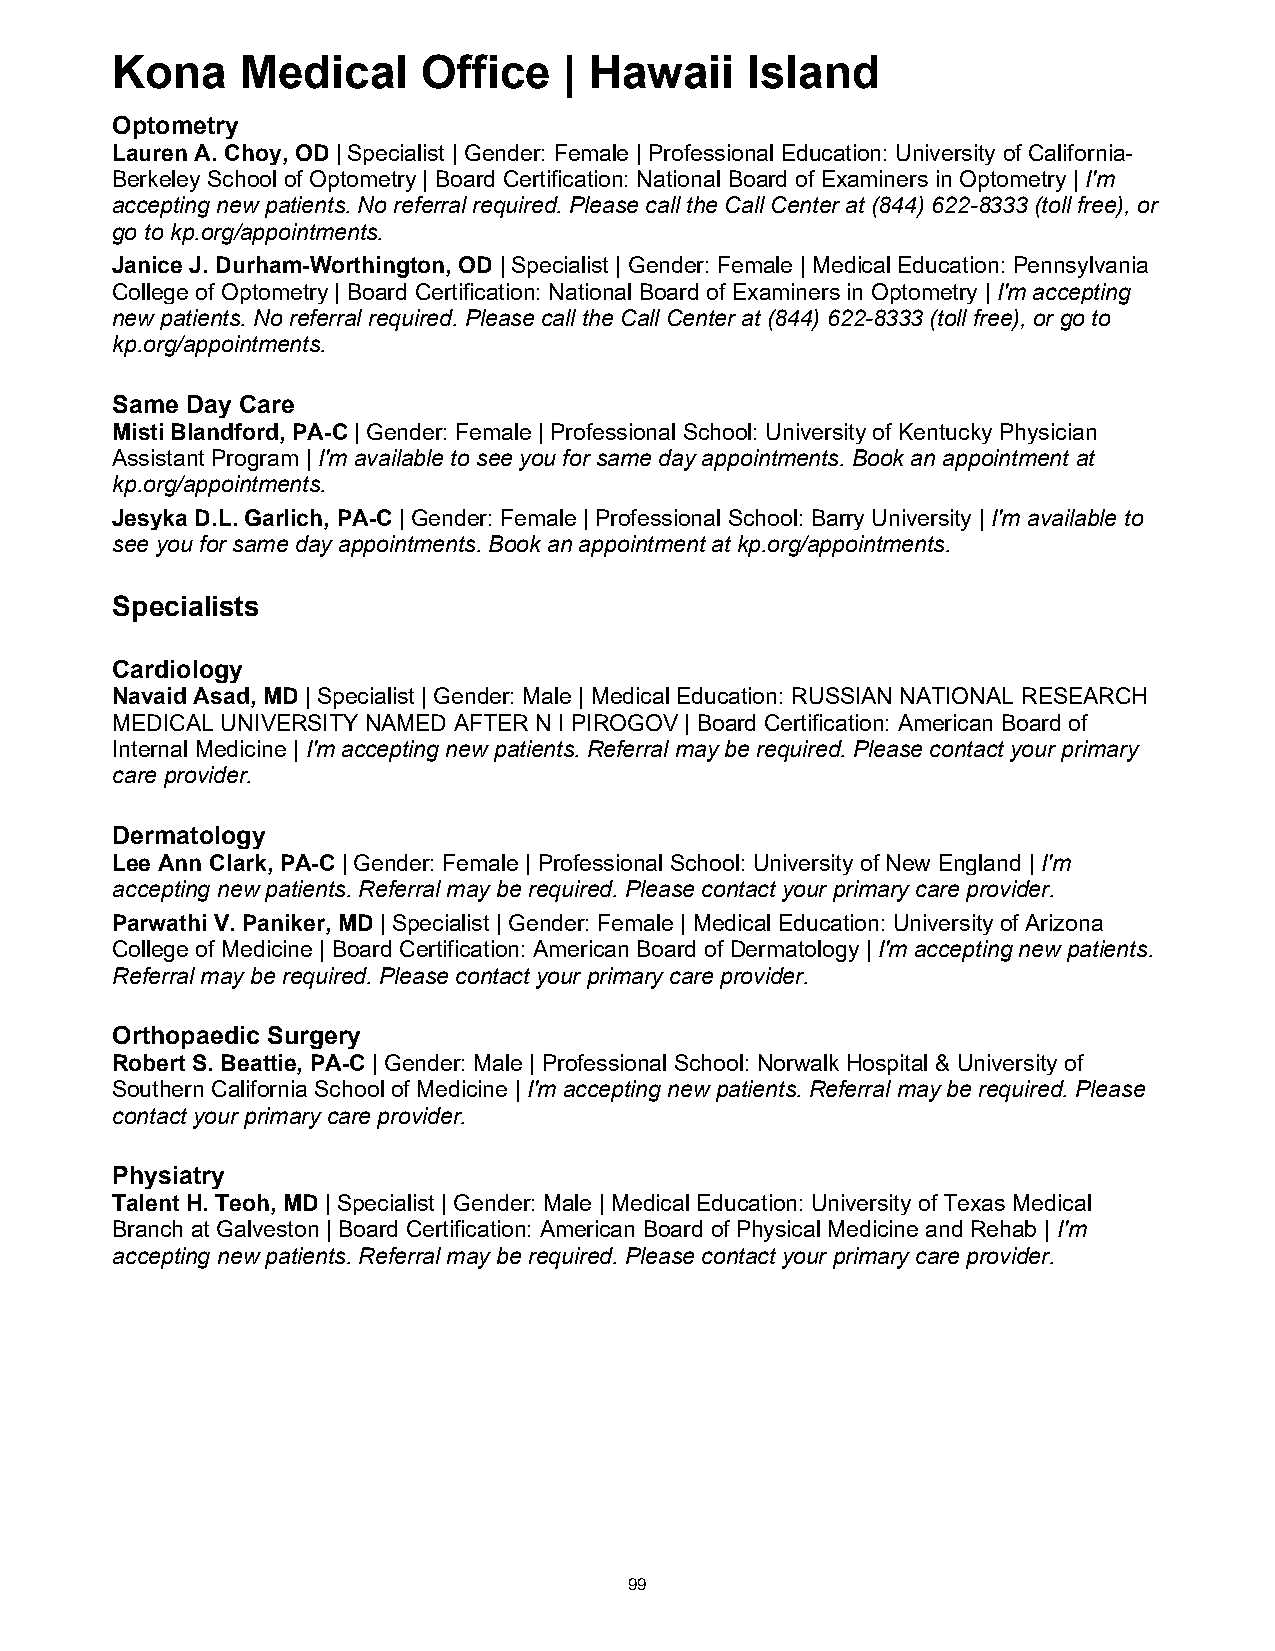
Kona     Medical     Office   | Hawaii    Island
 Optometry
 Lauren A. Choy, OD | Specialist | Gender: Female | Professional Education: University of California-
 Berkeley School of Optometry | Board Certification: National Board of Examiners in Optometry | I'm
 accepting new patients. No referral required. Please call the Call Center at (844) 622-8333 (toll free), or
 go to kp.org/appointments.
 Janice J. Durham-Worthington, OD | Specialist | Gender: Female | Medical Education: Pennsylvania
 College of Optometry | Board Certification: National Board of Examiners in Optometry | I'm accepting
 new patients. No referral required. Please call the Call Center at (844) 622-8333 (toll free), or go to
 kp.org/appointments.
 Same Day Care
 Misti Blandford, PA-C | Gender: Female | Professional School: University of Kentucky Physician
 Assistant Program | I'm available to see you for same day appointments. Book an appointment at
 kp.org/appointments.
 Jesyka D.L. Garlich, PA-C | Gender: Female | Professional School: Barry University | I'm available to
 see you for same day appointments. Book an appointment at kp.org/appointments.
 Specialists
 Cardiology
 Navaid Asad, MD | Specialist | Gender: Male | Medical Education: RUSSIAN NATIONAL RESEARCH
 MEDICAL UNIVERSITY NAMED AFTER N I PIROGOV | Board Certification: American Board of
 Internal Medicine | I'm accepting new patients. Referral may be required. Please contact your primary
 care provider.
 Dermatology
 Lee Ann Clark, PA-C | Gender: Female | Professional School: University of New England | I'm
 accepting new patients. Referral may be required. Please contact your primary care provider.
 Parwathi V. Paniker, MD | Specialist | Gender: Female | Medical Education: University of Arizona
 College of Medicine | Board Certification: American Board of Dermatology | I'm accepting new patients.
 Referral may be required. Please contact your primary care provider.
 Orthopaedic Surgery
 Robert S. Beattie, PA-C | Gender: Male | Professional School: Norwalk Hospital & University of
 Southern California School of Medicine | I'm accepting new patients. Referral may be required. Please
 contact your primary care provider.
 Physiatry
 Talent H. Teoh, MD | Specialist | Gender: Male | Medical Education: University of Texas Medical
 Branch at Galveston | Board Certification: American Board of Physical Medicine and Rehab | I'm
 accepting new patients. Referral may be required. Please contact your primary care provider.
 99